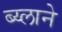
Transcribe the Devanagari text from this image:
ब्य्लाने